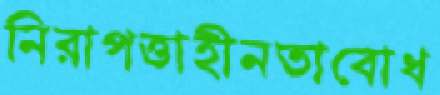
নিরাপত্তাহীনতাবোধ